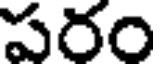
పరం